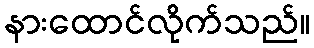
နားထောင်လိုက်သည်။